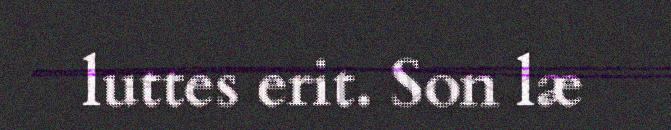
luttes erit. Son læ